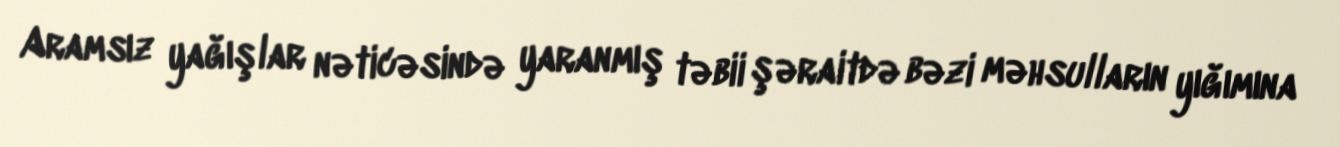
Aramsız yağışlar nəticəsində yaranmış təbii şəraitdə bəzi məhsulların yığımına